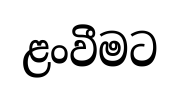
ළංවීමට